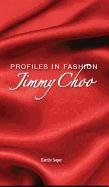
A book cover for Jimmy Choo (Profiles in Fashion); Kerrily Sapet; Teen & Young Adult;